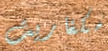
مكغاريت